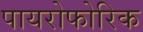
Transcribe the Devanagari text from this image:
पायरोफोरिक